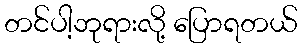
တင်ပါ့ဘုရားလို့ ပြောရတယ်